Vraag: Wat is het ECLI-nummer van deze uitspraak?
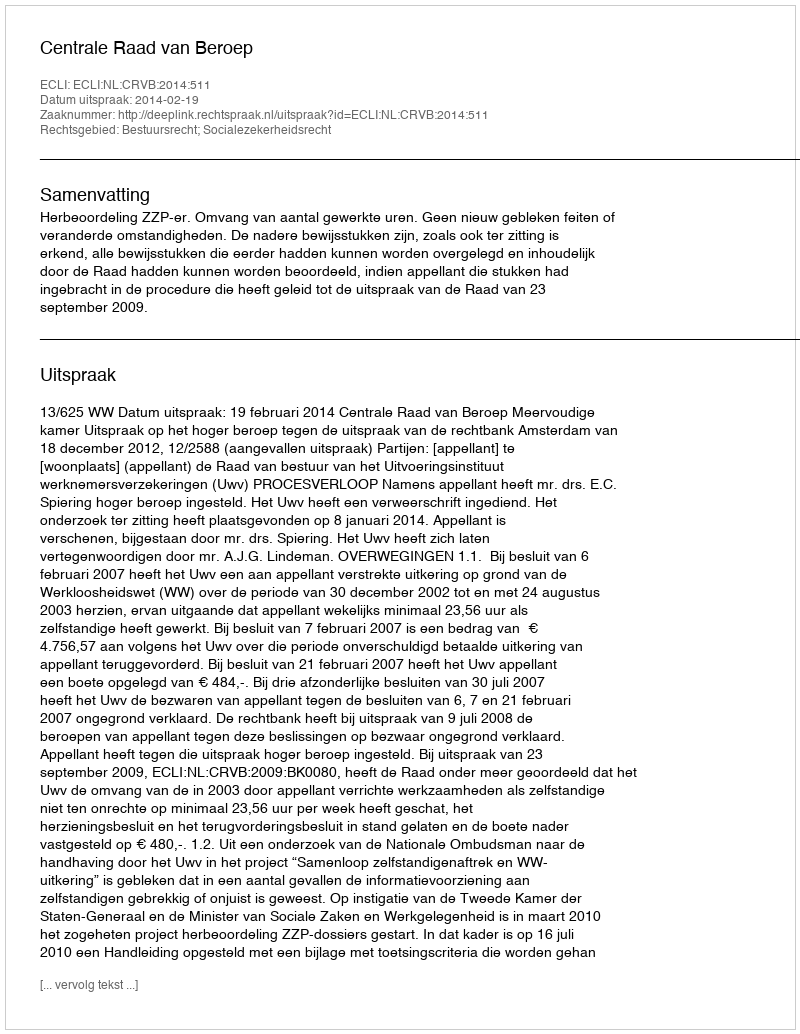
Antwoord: ECLI:NL:CRVB:2014:511